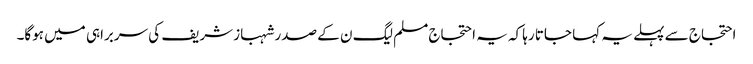
احتجاج سے پہلے یہ کہا جاتا رہا کہ یہ احتجاج مسلم لیگ ن کے صدر شہباز شریف کی سربراہی میں ہوگا۔